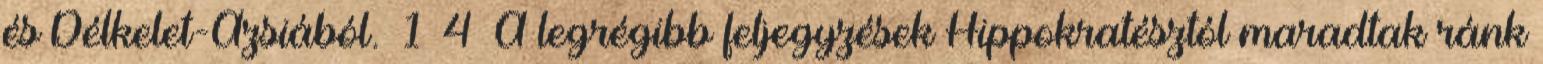
és Délkelet-Ázsiából. 1 4 A legrégibb feljegyzések Hippokratésztól maradtak ránk